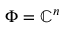
\Phi = \mathbb { C } ^ { n }